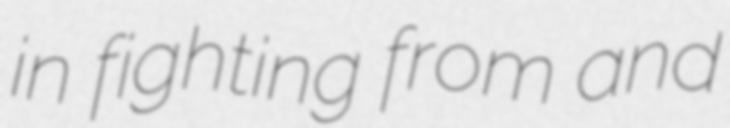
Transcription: in fighting from and